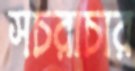
সচরাচার